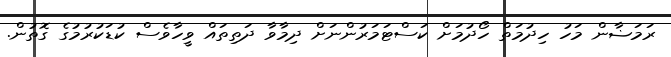
ރަމަޟާން މަހު ހިދުމަތް ހޯދުމަށް ކަސްޓަމަރުންނަށް ދިމާވާ ދަތިތައް ވީހާވެސް ކުޑަކުރުމުގެ ގޮތުން.